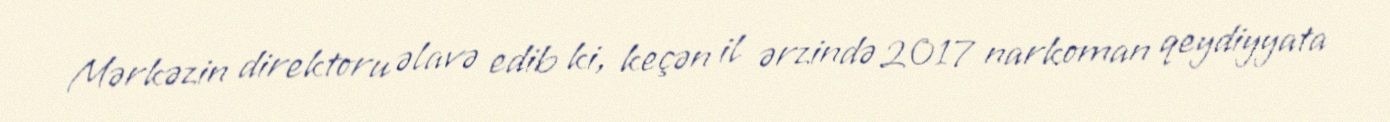
Mərkəzin direktoru əlavə edib ki, keçən il ərzində 2017 narkoman qeydiyyata